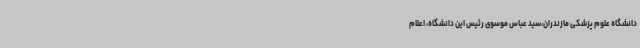
دانشگاه علوم پزشکی مازندران،سید عباس موسوی رئیس این دانشگاه، اعلام